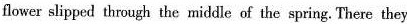
flower slipped thnugh the middle of the spring. There they